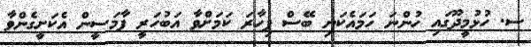
ސ. ހުޅުމީދޫގައި ހުންނަ ހަމައެކަނި ބޭސް ފިހާރަ ކަމަށްވާ އަބުހަރީ ފާމަސީން އެކަށީގެންވާ